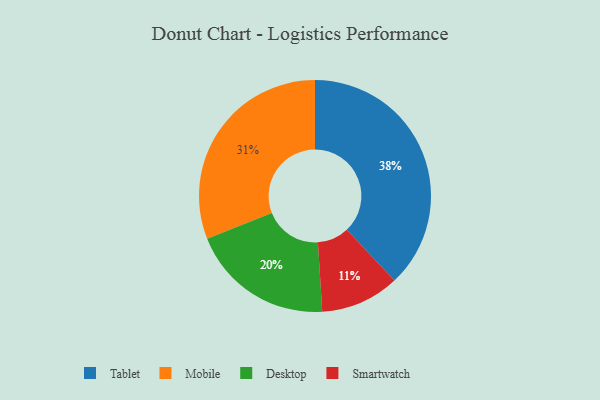
{"axis": {"x": "Category", "y": "Percentage"}, "legend": ["Desktop", "Mobile", "Smartwatch", "Tablet"], "data": [{"x": "Desktop", "y": 20, "type": "Desktop"}, {"x": "Mobile", "y": 31, "type": "Mobile"}, {"x": "Tablet", "y": 38, "type": "Tablet"}, {"x": "Smartwatch", "y": 11, "type": "Smartwatch"}]}